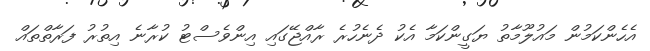
އެހެންކަމުން މައުލޫމާތު ޔަގީންކަމާ އެކު ދެނެހުރެ ރާއްޖޭގައި އިންވެސްޓު ކުރާނެ އިތުރު ފަރާތްތައް